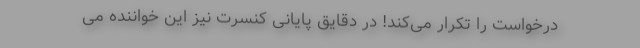
درخواست را تکرار می‌کند! در دقایق پایانی کنسرت نیز این خواننده می